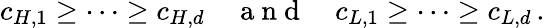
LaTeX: c_{H,1}\geq\cdots\geq c_{H,d}\quad\mathrm{~a~n~d~}\quad c_{L,1}\geq\cdots\geq c_{L,d}\, .